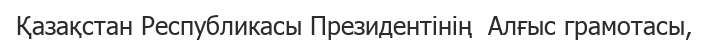
Қазақстан Республикасы Президентінің  Алғыс грамотасы,